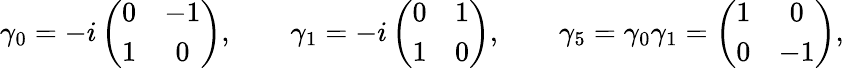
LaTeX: \gamma_{0}=-i\left(\begin{array}{cc}{{0}}&{{-1}}\\ {{1}}&{{0}}\end{array}\right),\qquad\gamma_{1}=-i\left(\begin{array}{cc}{{0}}&{{1}}\\ {{1}}&{{0}}\end{array}\right),\qquad\gamma_{5}=\gamma_{0}\gamma_{1}=\left(\begin{array}{cc}{{1}}&{{0}}\\ {{0}}&{{-1}}\end{array}\right),